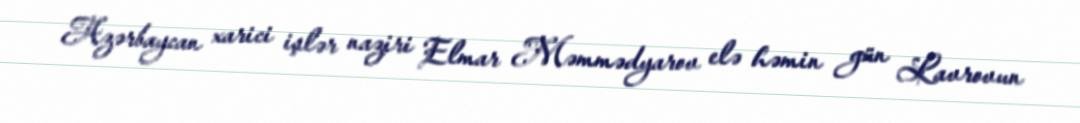
Azərbaycan xarici işlər naziri Elmar Məmmədyarov elə həmin gün Lavrovun